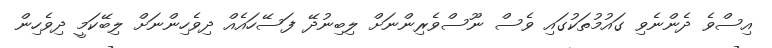
އިސްވެ ދެންނެވި ގައުމުތަކުގައި ވެސް ނޫސްވެރިންނަށް ލިބިނުދޭ ފަސޭހައެއް ދިވެހިންނަށް ލިބޭކަމީ ދިވެހިން